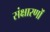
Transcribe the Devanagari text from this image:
संक्षारणों